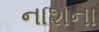
નાશના